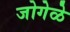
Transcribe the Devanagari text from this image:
जोगेळे